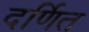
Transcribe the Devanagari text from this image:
दर्णित